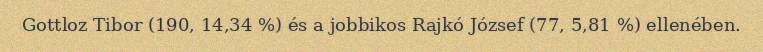
Gottloz Tibor (190, 14,34 %) és a jobbikos Rajkó József (77, 5,81 %) ellenében.